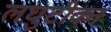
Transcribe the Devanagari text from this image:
लघुटीका